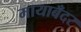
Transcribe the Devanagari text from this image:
मायाबँदर